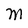
Character: M